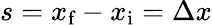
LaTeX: {s}={x_{\textrm{f}}-x_{\textrm{i}}}=\Delta{x}